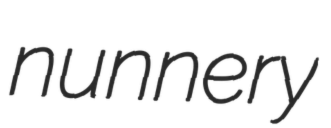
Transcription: nunnery